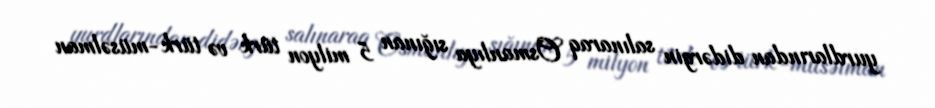
yurdlarından didərgin salınaraq Osmanlıya sığınan 5 milyon türk və türk-müsəlman